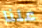
علنا